Report on malaria in the Punjab during the year ...  together with an account of the work of the Punjab Malaria Bureau - Volume 4
Disease focus: Malaria
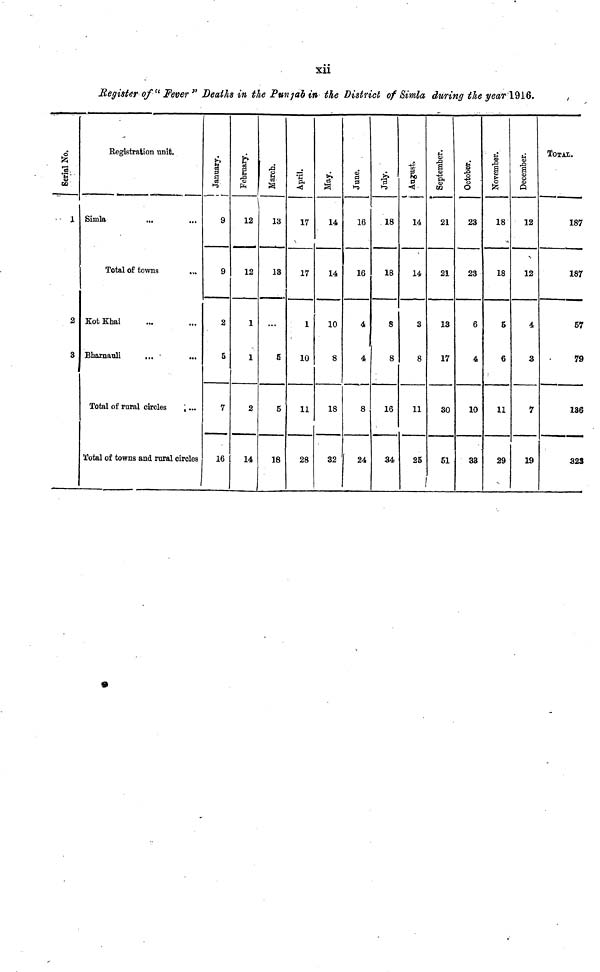
xii
Register of "Fever" Deaths in the Punjab in the District of Simla during the year 1916.
Serial No.
1
2
3
Registration unit.
Simla
...
Total of towns
...
Kot Khai
Bharnauli
...
Total of rural circles
...
Total of towns and rural circles
January.
9
9
2
S
7
16
February.
\
12
12
1
1
2
14
March.
13
13
...
g
5
18
April.
17
17
1
10
11
28
May.
14
14
10
8
18
32
June.
16
16
4
4
8
24
July.
18
18
8
8
16
34
August.
14
14
3
8
11
25
September.
21
21
13
17
30
51
October.
23
23
6
4
10
33
November.
18
18
5
6
11
29
December.
12
12
4
3
7
19
TOTAL.
187
187
57
79
136
323